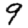
Digit: 9